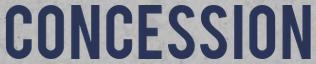
CONCESSION